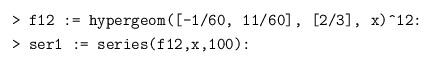
LaTeX: \begin{align*} &\texttt{> f12 := hypergeom([-1/60, 11/60], [2/3], x)\^{}12:}\\ &\texttt{> ser1 := series(f12,x,100):} \end{align*}